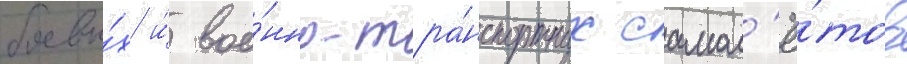
боевы́х и́ вое́нно-тра́нспортных самол'ё́тов